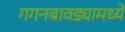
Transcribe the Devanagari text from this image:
गगनबावड्यामध्ये